Treatise on elephants
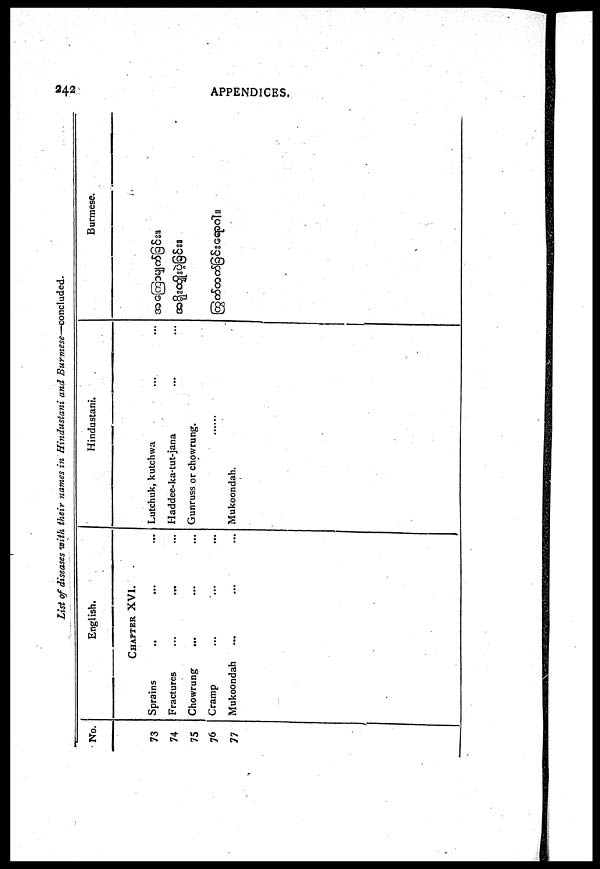
242
APPENDICES.
List of diseases with their names in Hindustani and Burmese—concluded.
No.
73
74
75
76
77
English.
CHAPTER XVI.
Sprains
..
...
...
Fractures
...
... ...
Chowrung
... ... ...
Cramp ... ... ...
Mukoondah ... ... ...
Hindustani.
Lutchuk, kutchwa
Haddee-ka-tut-jana
Gunruss or chowrung.
......
Mukoondah.
Burmese.